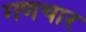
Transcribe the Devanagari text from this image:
गणचार